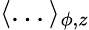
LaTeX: \langle...\rangle_{\phi,z}